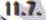
11.7.